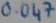
Text: 0.047